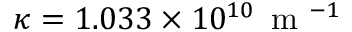
\kappa = 1 . 0 3 3 \times 1 0 ^ { 1 0 } \, \mathrm { ~ m ~ } ^ { - 1 }